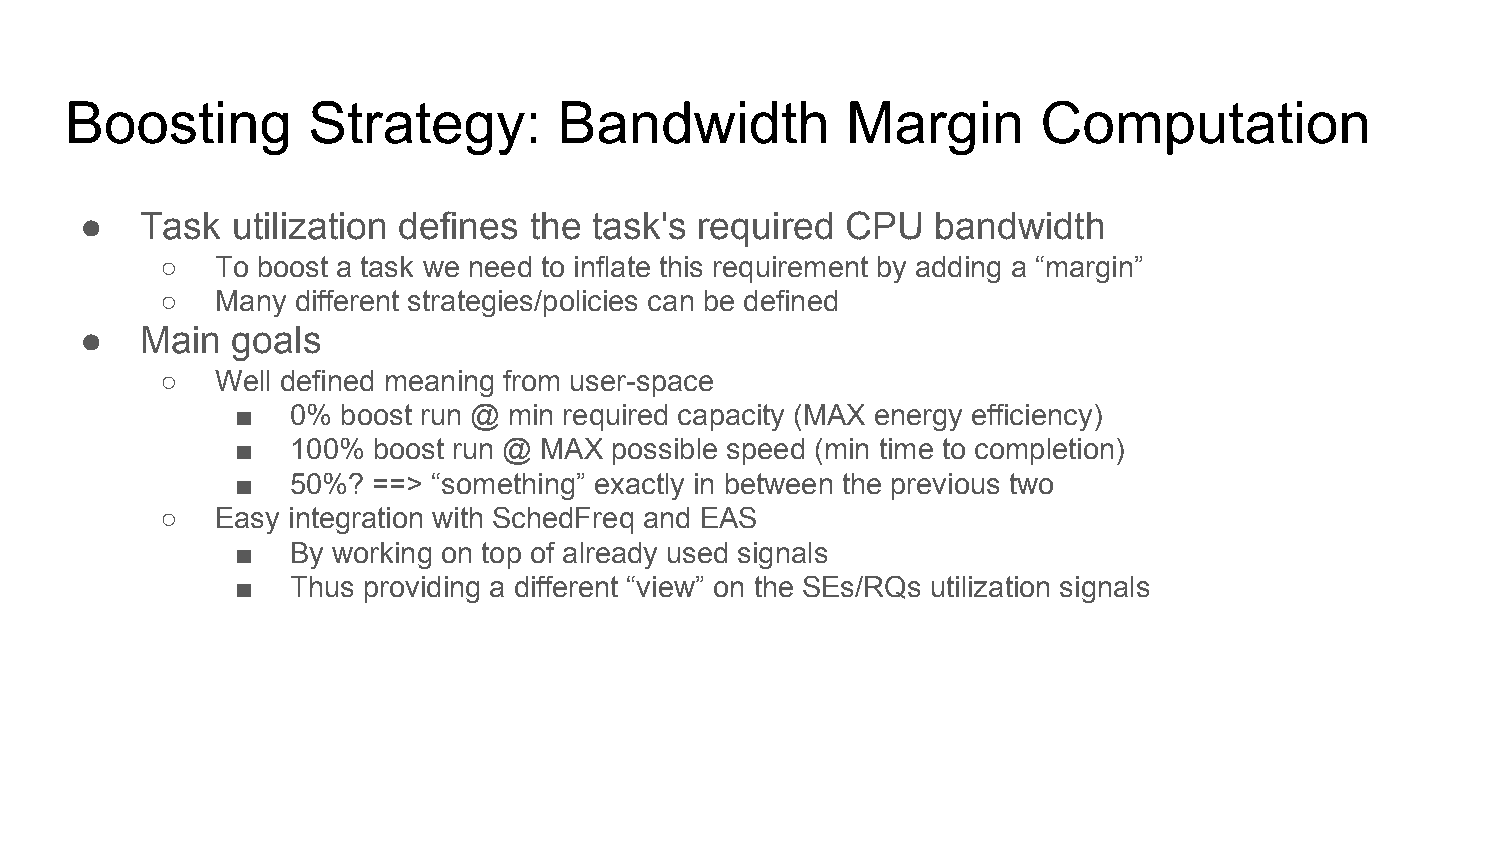
Boosting        Strategy:        Bandwidth          Margin       Computation
 ●   Task  utilization defines the task's required  CPU   bandwidth
 ○  To boost a task we need to inflate this requirement by adding a “margin”
 ○  Many  different strategies/policies can be defined
 ●   Main  goals
 ○  Well defined meaning from user-space
 ■  0%  boost run @ min required capacity (MAX energy efficiency)
 ■  100%  boost run @ MAX possible speed (min time to completion)
 ■  50%?  ==> “something” exactly in between the previous two
 ○  Easy integration with SchedFreq and EAS
 ■  By working on top of already used signals
 ■  Thus providing a different “view” on the SEs/RQs utilization signals